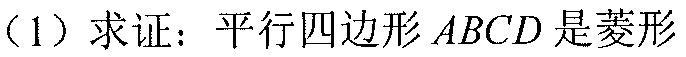
（1）求证：平行四边形\(ABCD\)是菱形